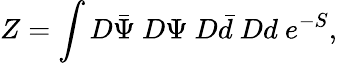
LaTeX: Z=\int D\bar{\Psi}~D\Psi~D\bar{d}~Dd~e^{-S},